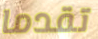
تقدما